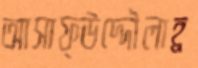
আসাফ্উদ্দৌলাহ্র